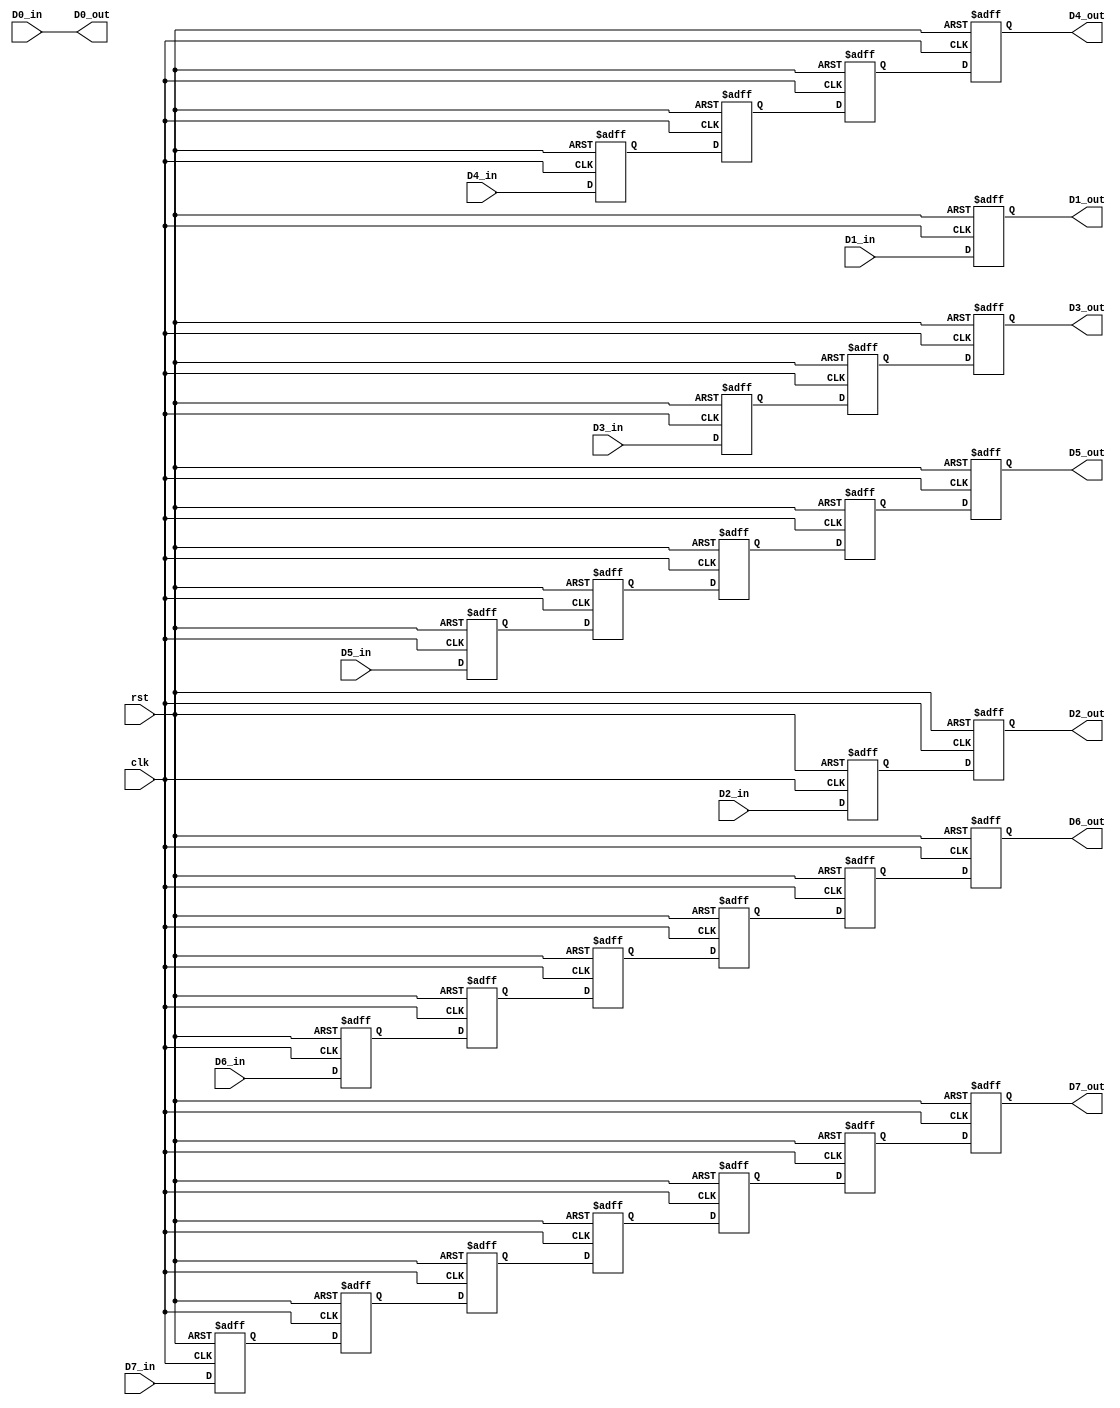
`timescale 1ns / 1ps
//////////////////////////////////////////////////////////////////////////////////
// Company: 
// Engineer: 
// 
// Design Name: 
// Module Name: tilting_registers
// Project Name: 
// Target Devices: 
// Tool Versions: 
// Description: 
// 
// Dependencies: 
// 
// Revision:
// Revision 0.01 - File Created
// Additional Comments:
// 
//////////////////////////////////////////////////////////////////////////////////


module tilting_registers(clk,rst,D0_in,D1_in,D2_in,D3_in,D4_in,D5_in,D6_in,D7_in,D0_out,D1_out,D2_out,D3_out,D4_out,D5_out,D6_out,D7_out);

parameter wl=8;

input clk,rst;
input [wl-1:0] D0_in,D1_in,D2_in,D3_in,D4_in,D5_in,D6_in,D7_in;
output [wl-1:0] D0_out,D1_out,D2_out,D3_out,D4_out,D5_out,D6_out,D7_out;

reg [wl-1:0] D1R0;
reg [wl-1:0] D2R0,D2R1;
reg [wl-1:0] D3R0,D3R1,D3R2;
reg [wl-1:0] D4R0,D4R1,D4R2,D4R3;
reg [wl-1:0] D5R0,D5R1,D5R2,D5R3,D5R4;
reg [wl-1:0] D6R0,D6R1,D6R2,D6R3,D6R4,D6R5;
reg [wl-1:0] D7R0,D7R1,D7R2,D7R3,D7R4,D7R5,D7R6;

always @(posedge clk or posedge rst) 
begin
    if (rst) 
    begin
        D1R0<={wl{1'b0}};
        D2R0<={wl{1'b0}};
        D2R1<={wl{1'b0}};
        D3R0<={wl{1'b0}};
        D3R1<={wl{1'b0}};
        D3R2<={wl{1'b0}};
        D4R0<={wl{1'b0}};
        D4R1<={wl{1'b0}};
        D4R2<={wl{1'b0}};
        D4R3<={wl{1'b0}};
        D5R0<={wl{1'b0}};
        D5R1<={wl{1'b0}};
        D5R2<={wl{1'b0}};
        D5R3<={wl{1'b0}};
        D5R4<={wl{1'b0}};
        D6R0<={wl{1'b0}};
        D6R1<={wl{1'b0}};
        D6R2<={wl{1'b0}};
        D6R3<={wl{1'b0}};
        D6R4<={wl{1'b0}};
        D6R5<={wl{1'b0}};
        D7R0<={wl{1'b0}};
        D7R1<={wl{1'b0}};
        D7R2<={wl{1'b0}};
        D7R3<={wl{1'b0}};
        D7R4<={wl{1'b0}};
        D7R5<={wl{1'b0}};
        D7R6<={wl{1'b0}};
    end 
    else 
    begin
        D1R0<=D1_in;
        D2R0<=D2_in;
        D2R1<=D2R0;
        D3R0<=D3_in;
        D3R1<=D3R0;
        D3R2<=D3R1;
        D4R0<=D4_in;
        D4R1<=D4R0;
        D4R2<=D4R1;
        D4R3<=D4R2;
        D5R0<=D5_in;
        D5R1<=D5R0;
        D5R2<=D5R1;
        D5R3<=D5R2;
        D5R4<=D5R3;
        D6R0<=D6_in;
        D6R1<=D6R0;
        D6R2<=D6R1;
        D6R3<=D6R2;
        D6R4<=D6R3;
        D6R5<=D6R4;
        D7R0<=D7_in;
        D7R1<=D7R0;
        D7R2<=D7R1;
        D7R3<=D7R2;
        D7R4<=D7R3;
        D7R5<=D7R4;
        D7R6<=D7R5;
    end
end

assign D0_out=D0_in;
assign D1_out=D1R0;
assign D2_out=D2R1;
assign D3_out=D3R2;
assign D4_out=D4R3;
assign D5_out=D5R4;
assign D6_out=D6R5;
assign D7_out=D7R6;

endmodule